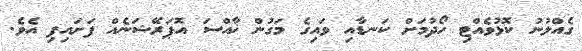
ގެއްލުނު ކޮޅުވެއްޓި ހޯދުމަށް ކަނޑާއި ވައިގެ މަގުން ޚާއްސަ އޮޕަރޭޝަނެއް ފަށައިފި އެވެ.